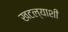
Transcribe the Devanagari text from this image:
खटल्याशी